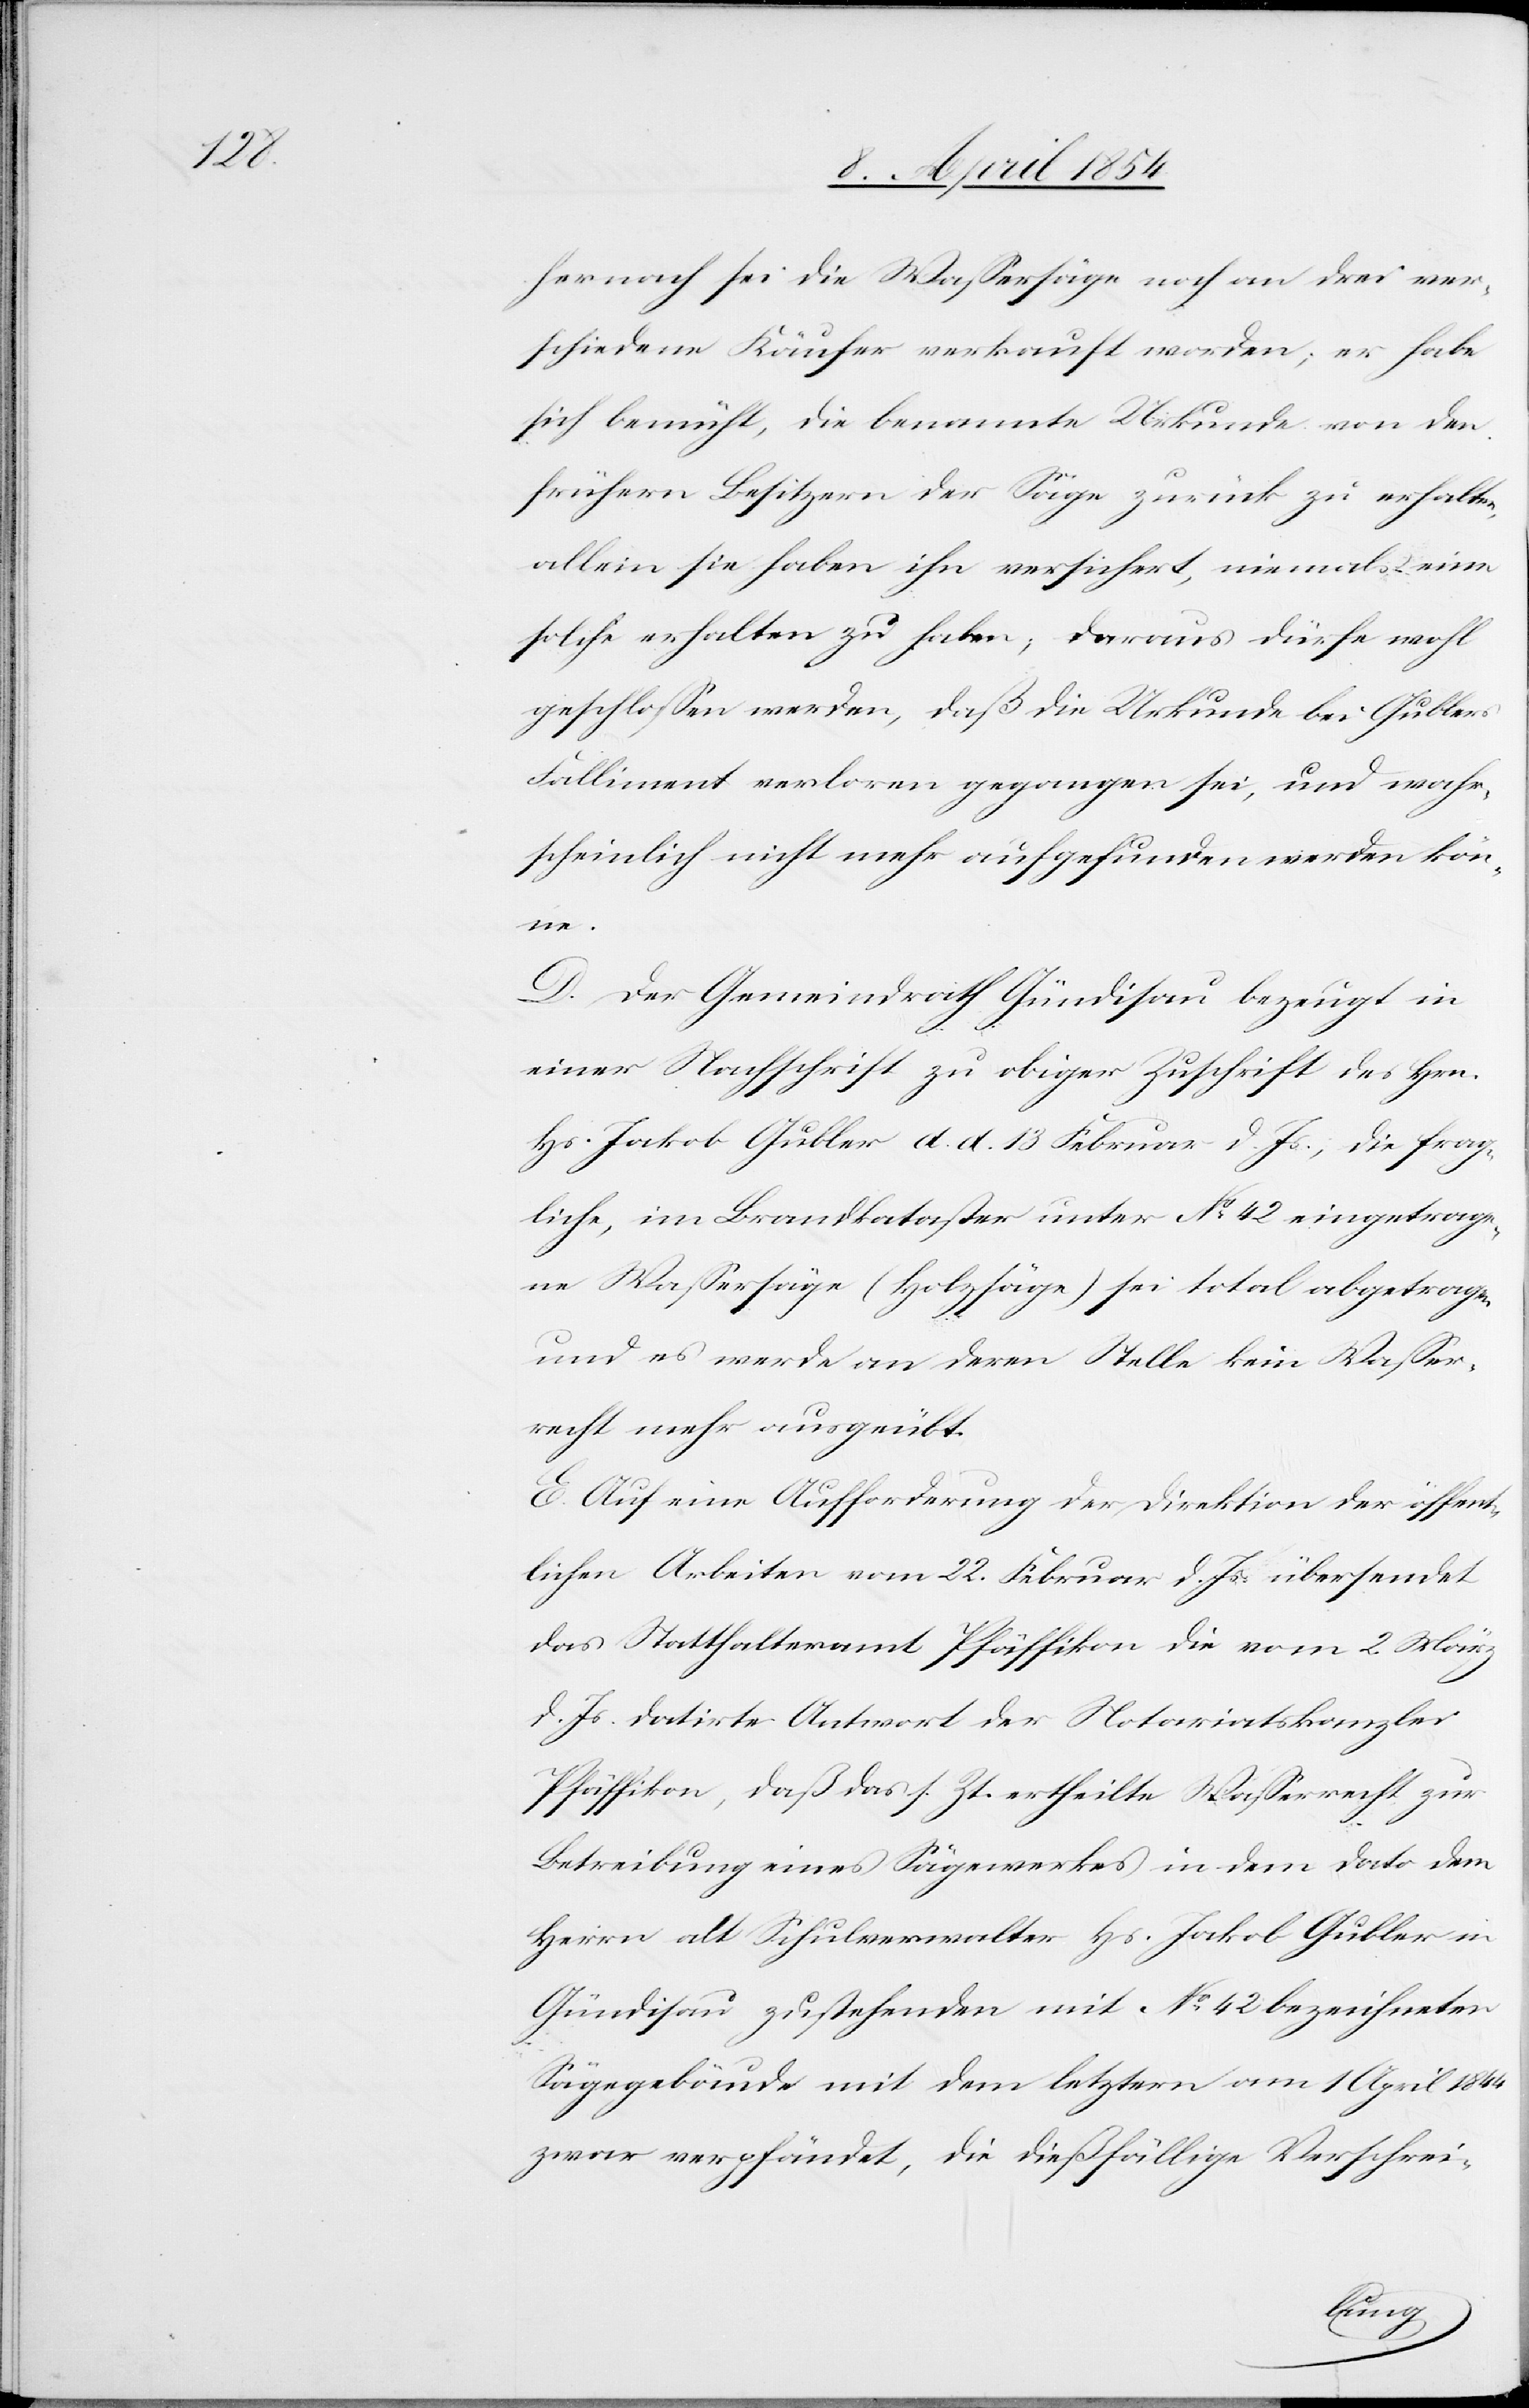
hernach sei die Waßersäge noch an drei ver¬
schiedene Käufer verkauft worden; er habe
sich bemüht, die benamte Urkunde von den
frühern Besitzern der Säge zurück zu erhalten,
allein sie haben ihn versichert, niemals eine
solche erhalten zu haben; daraus dürfe wohl
geschloßen werden, daß die Urkunde bei Gublers
Falliment verloren gegangen sei, und wahr¬
scheinlich nicht mehr aufgefunden werden kön¬
ne.
D. Der Gemeindrath Gündisau bezeugt in
einer Nachschrift zu obiger Zuschrift des Hrn.
Hs. Jakob Gubler d. d. 13 Februar d. Js., die frag¬
liche im Brandkataster unter No 42 eingetrage¬
ne Waßersäge (Holzsäge) sei total abgetragen
und es werde an deren Stelle kein Waßer¬
recht mehr ausgeübt.
E. Auf eine Aufforderung der Direktion der öffent¬
lichen Arbeiten vom 22. Februar d. Js. übersendet
das Statthalteramt Pfäffikon die vom 2. März
d. Js. datirte Antwort der Notariatskanzlei
Pfäffikon, daß das s. Zt. ertheilte Waßerrecht zur
Betreibung eines Sägewerkes in dem dato dem
Herrn alt Schulverwalter Hs. Jakob Gubler in
Gündisau zustehenden mit No 42 bezeichneten
Sägegebäude mit dem letztern am 1 April 1844
zwar verpfändet, die dießfällige Verschrei-